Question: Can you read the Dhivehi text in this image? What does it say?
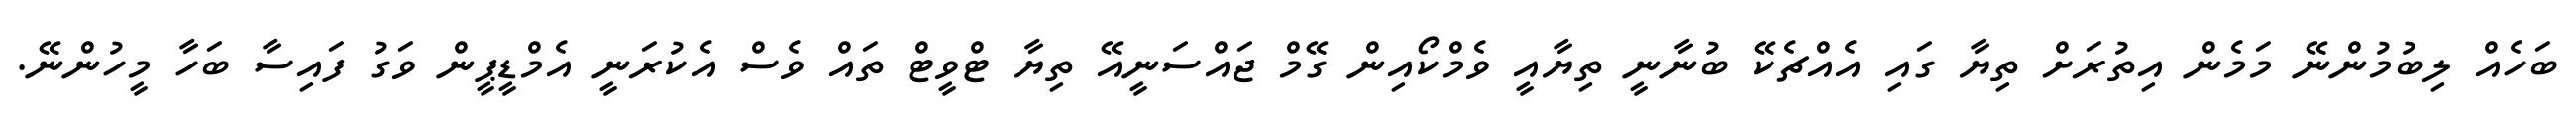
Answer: ބަހެއް ލިބުމުންނޭ މަމެން އިތުރަށް ތިޔާ ގައި އެއްޗެކޭ ބުނާނީ ތިޔާއީ ވެމްކޯއިން ގޭމް ޖައްސަނީއޭ ތިޔާ ޓްވީޓް ތައް ވެސް އެކުރަނީ އެމްޑީޕީން ވަގު ފައިސާ ބަހާ މީހުންނޭ.